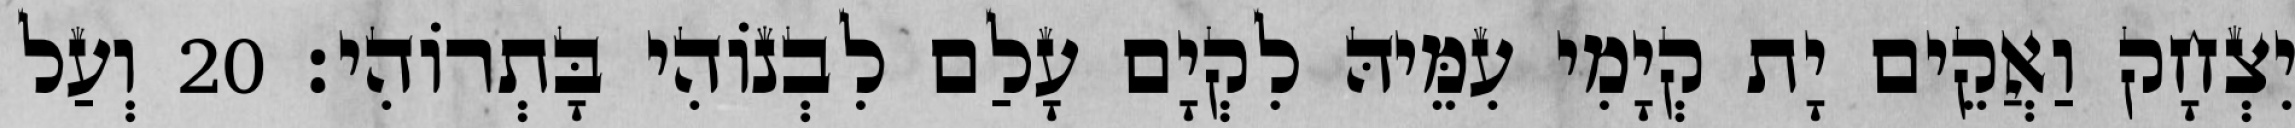
יִצְחָק וַאֲקֵים יָת קְיָמִי עִמֵּיהּ לִקְיָם עָלַם לִבְנוֹהִי בָּתְרוֹהִי׃ 20 וְעַל